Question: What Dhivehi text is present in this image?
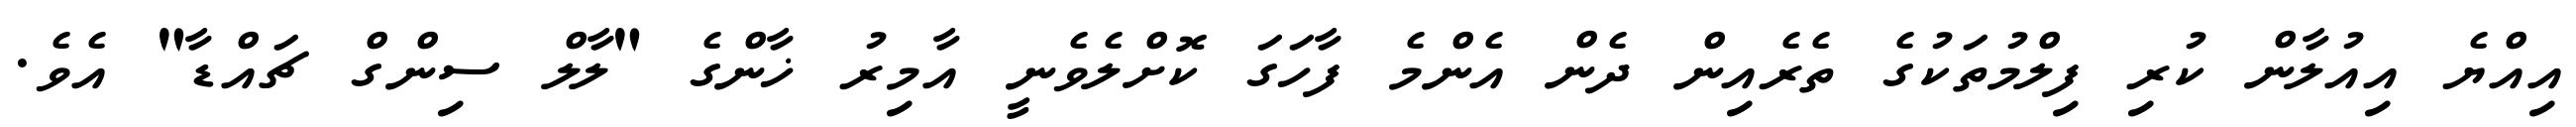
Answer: އިއްޔެ އިއުލާން ކުރި ފިލްމުތަކުގެ ތެރެއިން ދެން އެންމެ ފާހަގަ ކޮށްލެވެނީ އާމިރު ޚާންގެ "ލާލް ސިންގް ޗައްޑާ" އެވެ.